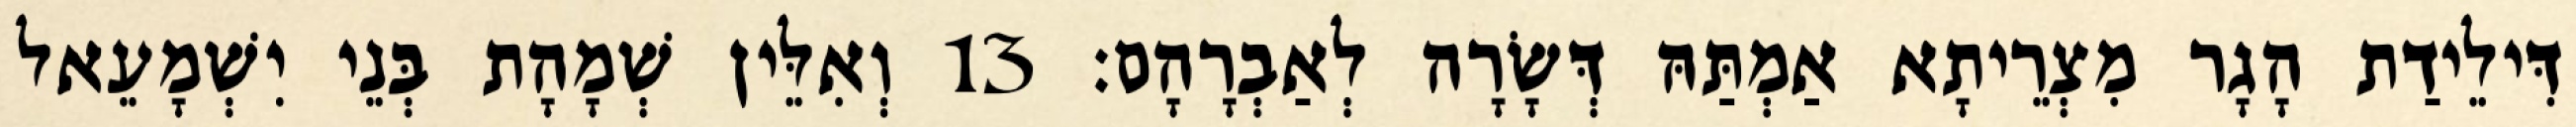
דִּילֵידַת הָגָר מִצְרֵיתָא אַמְתַּהּ דְּשָׂרָה לְאַבְרָהָם׃ 13 וְאִלֵּין שְׁמָהָת בְּנֵי יִשְׁמָעֵאל